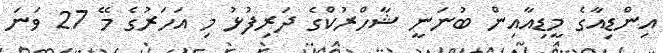
އިންޑިއާގެ މީޑިއާއިން ބުނަނީ ޝާހްރުކްގެ ދަރިފުޅު މި އަހަރުގެ މޭ 27 ވަނަ